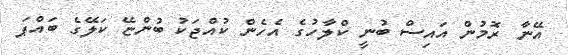
އޭނާ ރޮމުން އައިސް ބުނީ ކްލާހުގެ އެހެން ކުއްޖަކު ބުންޏޭ ކަލޭގެ ބައްޕަ